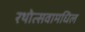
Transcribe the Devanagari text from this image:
रथोत्सवामधिल